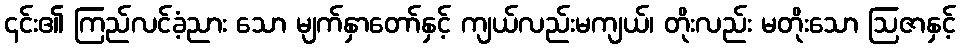
၎င်း၏ ကြည်လင်ခံ့ညား သော မျက်နှာတော်နှင့် ကျယ်လည်းမကျယ်၊ တိုးလည်း မတိုးသော ဩဇာနှင့်